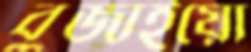
বুজাইয়ো